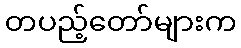
တပည့်တော်များက